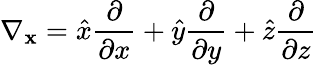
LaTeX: \nabla_{\mathbf{x}}={\hat{x}}{\frac{\partial}{\partial x}}+{\hat{y}}{\frac{\partial}{\partial y}}+{\hat{z}}{\frac{\partial}{\partial z}}